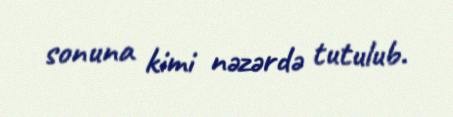
sonuna kimi nəzərdə tutulub.